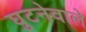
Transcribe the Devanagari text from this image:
घुटनेवाले